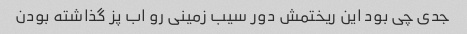
جدی چی بود این ریختمش دور سیب زمینی رو اب پز گذاشته بودن